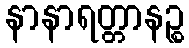
နာနာရတ္တာနဉ္စ